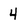
Character: 4